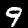
Digit: 9